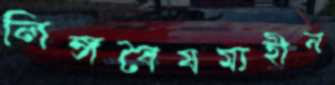
লিঙ্গবৈষম্যহীন